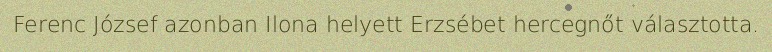
Ferenc József azonban Ilona helyett Erzsébet hercegnőt választotta.